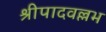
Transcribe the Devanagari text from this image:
श्रीपादवल्लभ